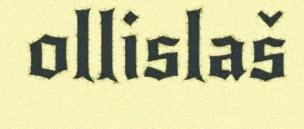
ollislaš